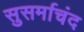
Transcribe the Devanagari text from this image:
सुसर्माचंद